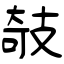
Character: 攲